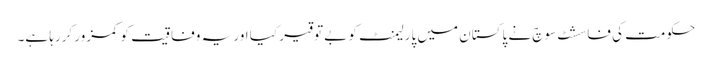
حکومت کی فاسشٹ سوچ نے پاکستان میں پارلیمنٹ کو بےتوقیر کیا اور یہ وفاقیت کو کمزور کررہا ہے۔